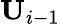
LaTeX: \textbf{U}_{i-1}